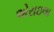
એરાઇલા